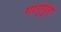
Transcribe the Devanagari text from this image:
गांगूपुरा